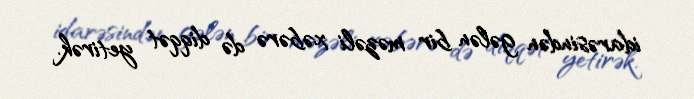
idarəsindən gələn bir məzəli xəbərə də diqqət yetirək.